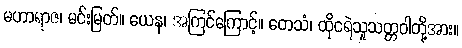
မဟာရာဇ၊ မင်းမြတ်။ ယေန၊ အကြင်ကြောင့်။ တေသံ၊ ထိုငရဲသူသတ္တဝါတို့အား။